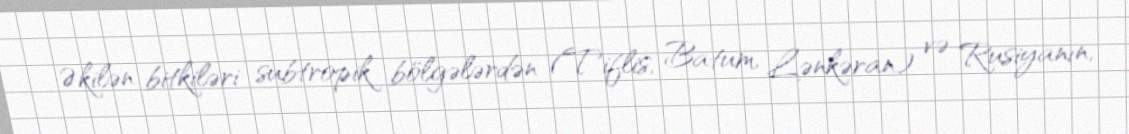
Əkilən bitkiləri subtropik bölgələrdən (Tiflis, Batum, Lənkəran) və Rusiyanın,